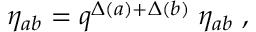
\eta _ { a b } = q ^ { \Delta ( a ) + \Delta ( b ) } \; \eta _ { a b } \; ,